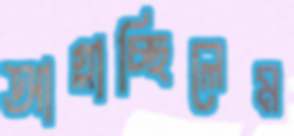
আগ্‌লাচ্ছিলেম